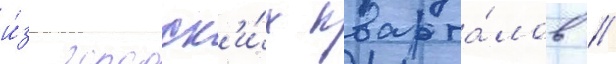
и́з городск'и́х кварта́лов //